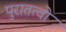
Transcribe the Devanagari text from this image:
पुरातत्वो